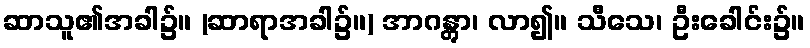
ဆာသူ၏အခါ၌။ (ဆာရာအခါ၌။) အာဂန္တွာ၊ လာ၍။ သီသေ၊ ဦးခေါင်း၌။